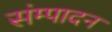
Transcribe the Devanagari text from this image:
संम्पादन